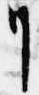
リ